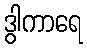
ဒွါကာရေ